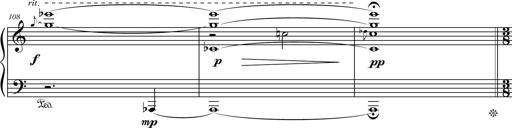
Title: Petite Sonatine
Composer: Richard St. Clair